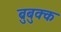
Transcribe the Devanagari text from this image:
ब्रुबुक्क